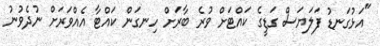
"އަޅުގަނޑު ފަލަޔަސް ގަޑީގެ ކައްޓަށް ވުރެ ބާރަށް ހިނގަން ކައްޓާ އެއްވަރަށް ނުދެވުނު